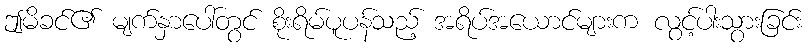
ဤမိခင်၏ မျက်နှာပေါ်တွင် စိုးရိမ်ပူပန်သည့် အရိပ်အယောင်များက လွင့်ပါးသွားခြင်း